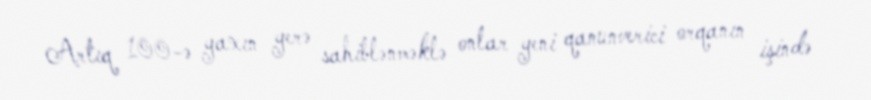
Artıq 100-ə yaxın yerə sahiblənməklə onlar yeni qanunverici orqanın işində